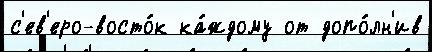
с'ев'еро-восто́к ка́ждому от допо́лн'ив